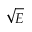
\sqrt { E }